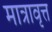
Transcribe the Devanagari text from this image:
मात्रावृत्त